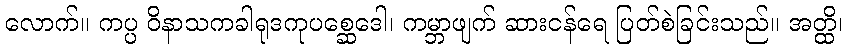
လောက်။ ကပ္ပ ဝိနာသကခါရုဒကုပစ္ဆေဒေါ၊ ကမ္ဘာဖျက် ဆားငန်ရေ ပြတ်စဲခြင်းသည်။ အတ္ထိ၊